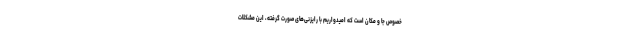
خصوص جا و مکان است که امیدواریم با رایزنی‌های صورت گرفته، این مشکلات